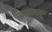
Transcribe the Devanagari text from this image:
ताऱ्याकडून